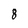
Character: 8